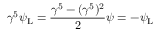
\gamma ^ { 5 } \psi _ { \mathrm { { L } } } = { \frac { \gamma ^ { 5 } - ( \gamma ^ { 5 } ) ^ { 2 } } { 2 } } \psi = - \psi _ { \mathrm { { L } } }